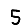
Digit: 5